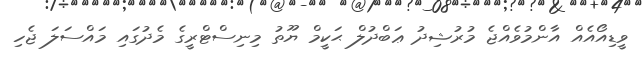
ވީޑިއޯއެއް އާންމުވެއްޖެ މުރުޝިދު ޢަބްދުލް ޙަކީމް ޔޫތު މިނިސްޓްރީގެ މެދުގައި މައްސަލަ ޖެހި